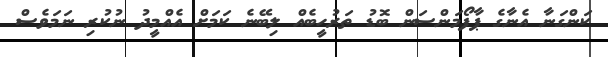
ކަންގަނާ އެނާގެ ޕާފޯމަންސަން ބޮޑު ތަރުހީބެއް ލިބޭނެ ކަމަށް އެއްމީދު ނުކުރި ނަމަވެސް